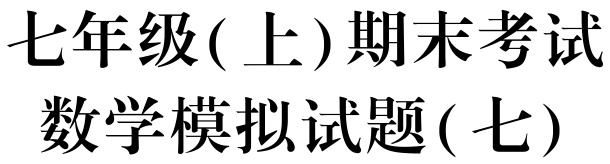
七年级(上)期末考试\\数学模拟试题(七)